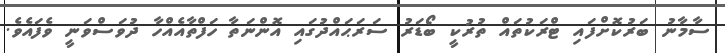
ސާމާނު ބަރުކޮށްފައި ޓްރަކުތައް ތުރުކީ ބޯޑަރު ސަރަޙައްދުގައި އޮންނަތާ ހަފްތާއެއްހާ ދުވަސްވަނީ ވެފައެވެ.